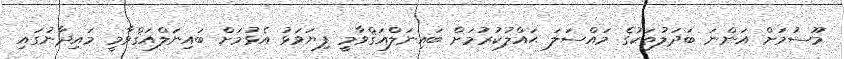
މޫސުމަށް އަންނަ ބަދަލުތަކުގެ މައްސަލަ ޙައްލުކުރުމަށް ބައިނަލްއަޤްވާމީ ފިޔަވަޅު އެޅުމަށް ބައިނަލްއަޤްވާމީ މައިދާނުގައި